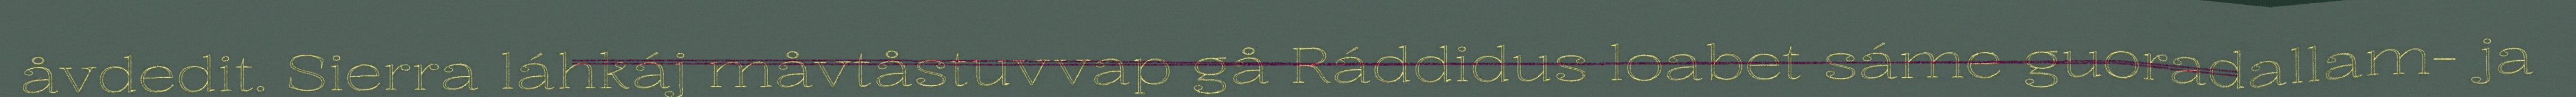
åvdedit. Sierra láhkáj måvtåstuvvap gå Ráddidus loabet sáme guoradallam- ja